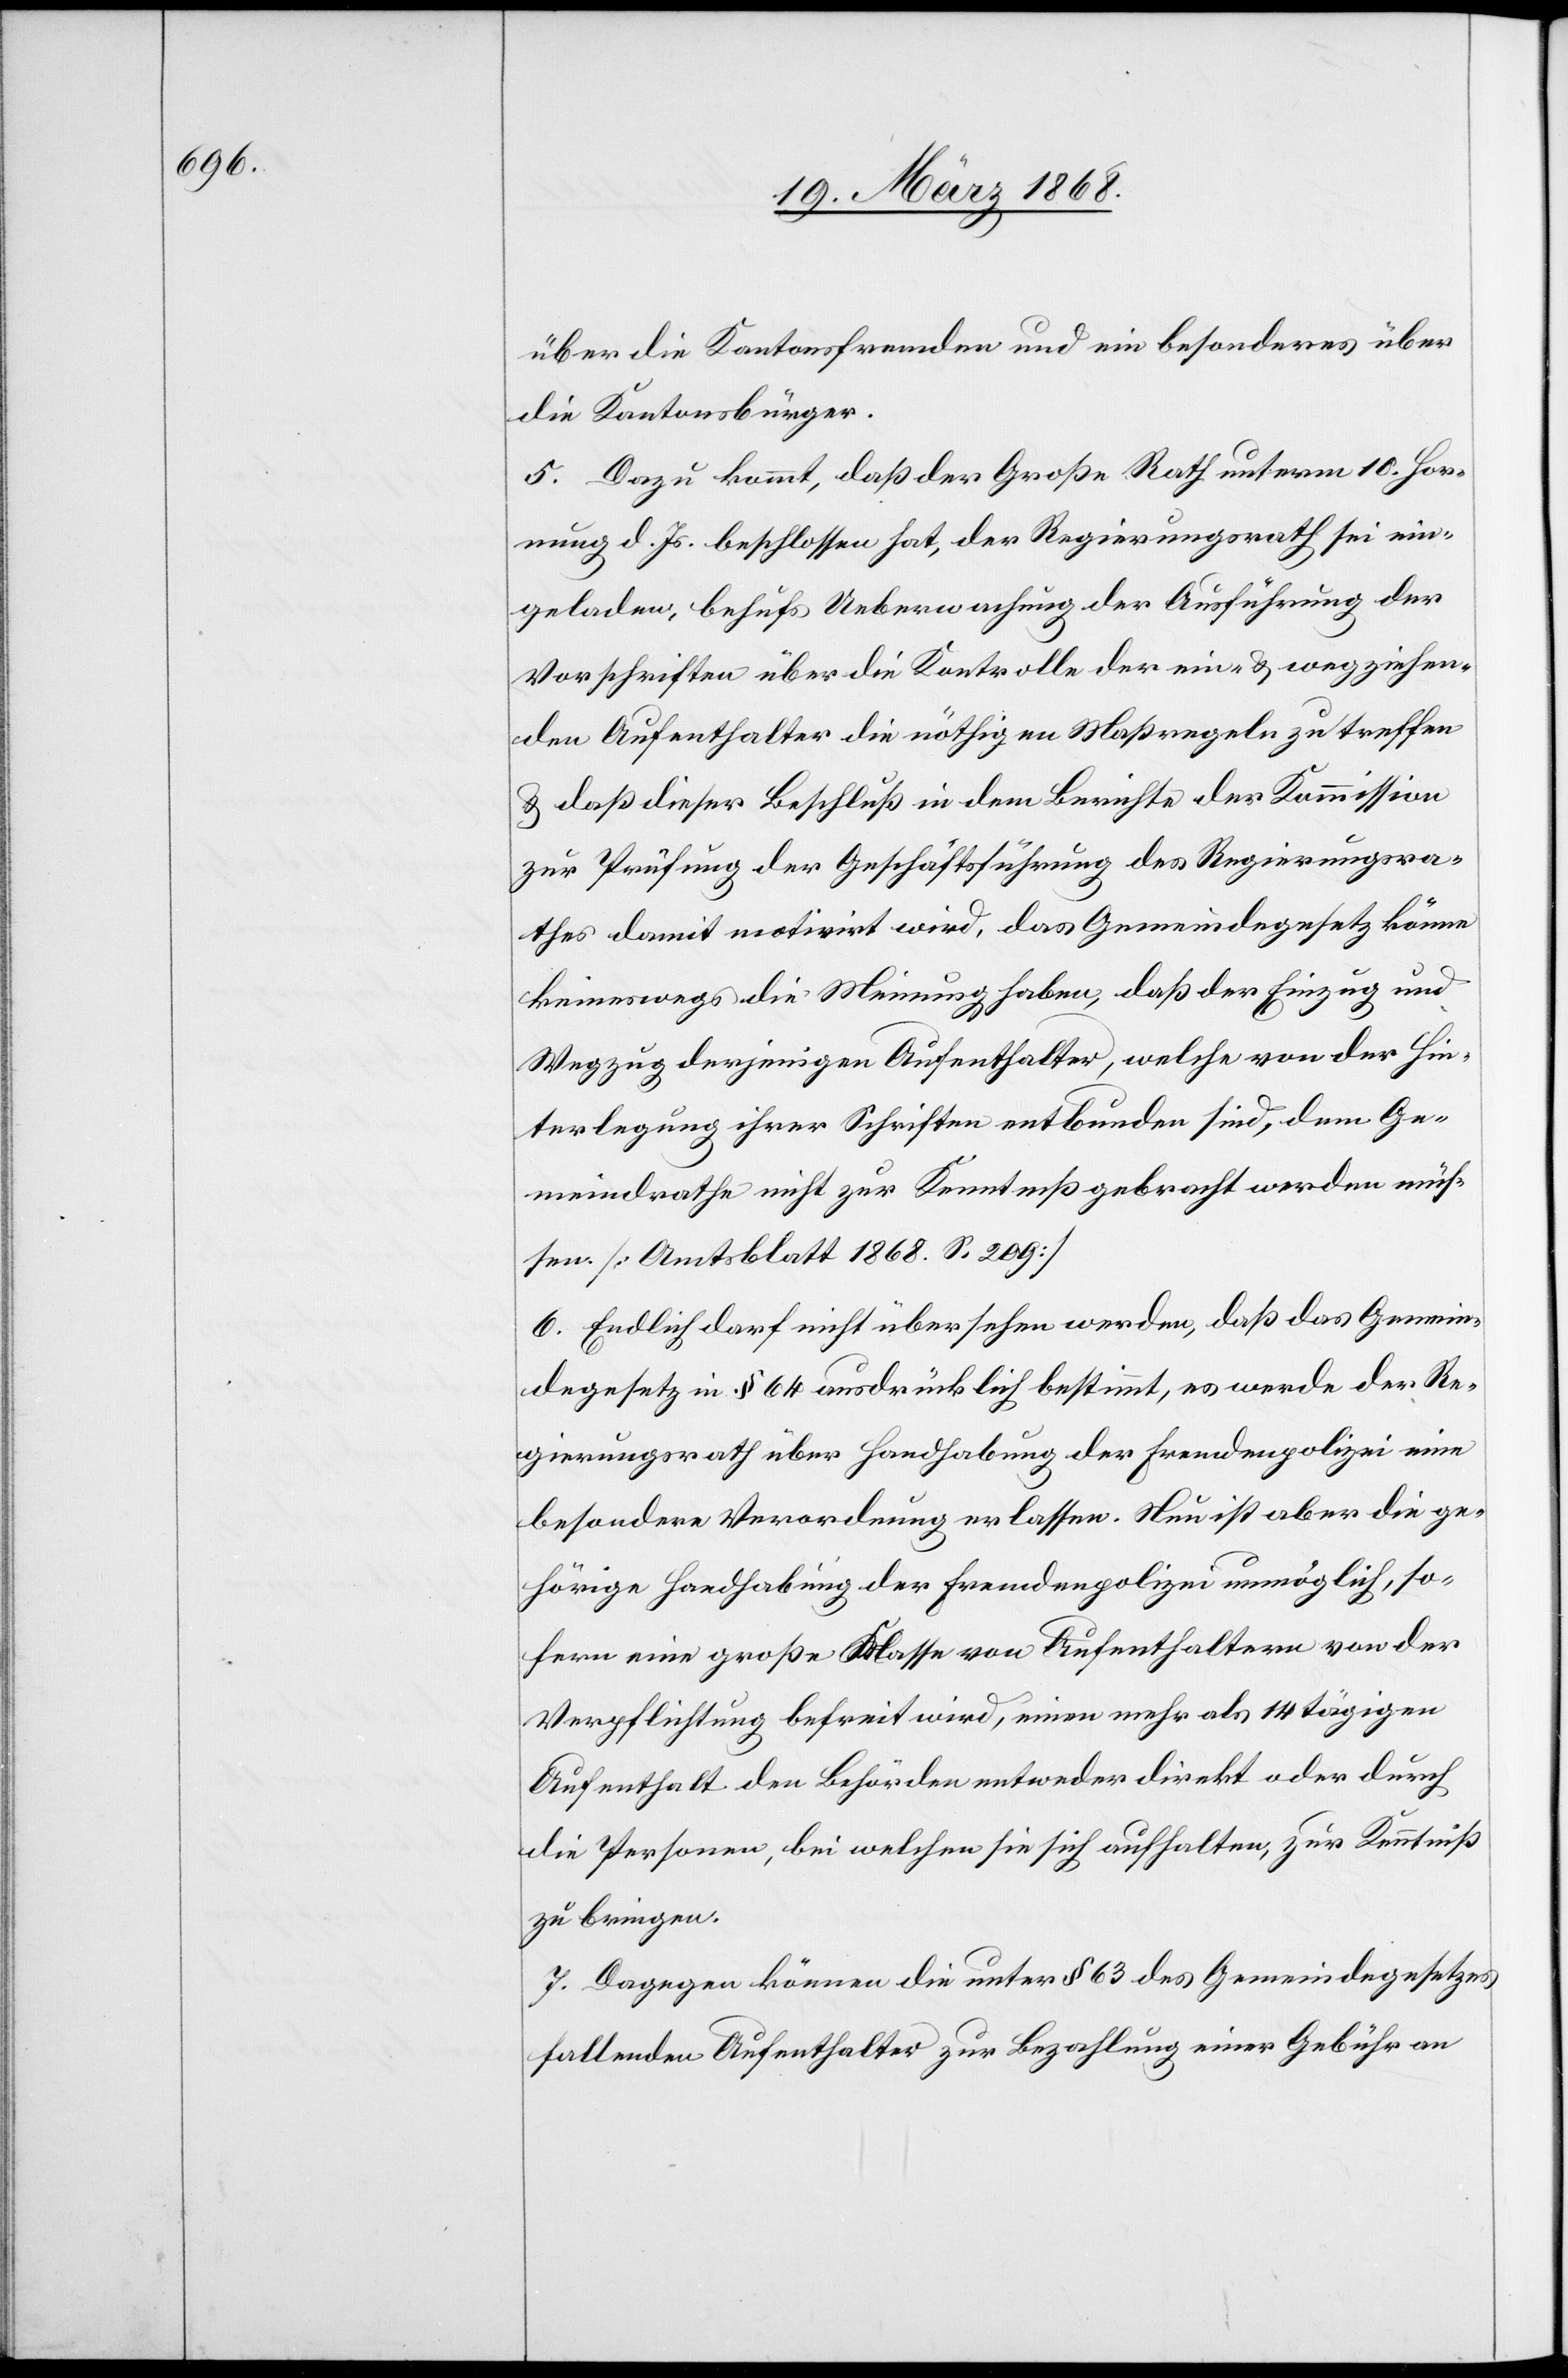
über die Kantonsfremden und ein besonderes über
die Kantonsbürger.
5. Dazu kommt, daß der Große Rath unterm 10. Hor¬
nung d. Js. beschlossen hat, der Regierungsrath sei ein¬
geladen, behufs Ueberwachung der Ausführung der
Vorschriften über die Kontrolle der ein- & wegziehen¬
den Aufenthalter die nöthigen Maßregeln zu treffen
& daß dieser Beschluß in dem Berichte der Kommission
zur Prüfung der Geschäftsführung des Regierungsra¬
thes damit motivirt wird, das Gemeindegesetz könne
keineswegs die Meinung haben, daß der Einzug und
Wegzug derjenigen Aufenthalter, welche von der Hin¬
terlegung ihrer Schriften entbunden sind, dem Ge¬
meindrathe nicht zur Kenntniß gebracht werden müs¬
sen. [Amtsblatt 1868. S. 209]
6. Endlich darf nicht übersehen werden, daß das Gemein¬
degesetz in § 64 ausdrücklich bestimmt, es werde der Re¬
gierungsrath über Handhabung der Fremdenpolizei eine
besondere Verordnung erlassen. Nun ist aber die ge¬
hörige Handhabung der Fremdenpolizei unmöglich, so¬
fern eine große Klasse von Aufenthaltern von der
Verpflichtung befreit wird, einen mehr als 14 tägigen
Aufenthalt den Behörden entweder direkt oder durch
die Personen, bei welchen sie sich aufhalten, zur Kenntniß
zu bringen.
7. Dagegen können die unter § 63 des Gemeindegesetzes
fallenden Aufenthalter zur Bezahlung einer Gebühr an